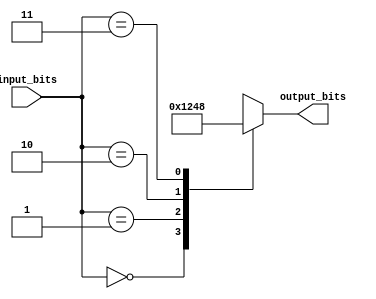
module decoder_2x4 (
    input [1:0] input_bits,
    output reg [3:0] output_bits
);

always @(*)
begin
    case (input_bits)
        2'b00: output_bits = 4'b0001;
        2'b01: output_bits = 4'b0010;
        2'b10: output_bits = 4'b0100;
        2'b11: output_bits = 4'b1000;
        default: output_bits = 4'bxxxx; // 'x'    
    endcase
end

endmodule